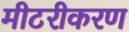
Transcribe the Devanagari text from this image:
मीटरीकरण